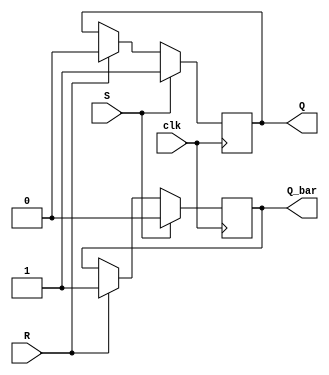
module sr_flip_flop (
    input S, // Set input
    input R, // Reset input
    input clk, // Clock input
    output reg Q, // Output Q
    output reg Q_bar // Output Q_bar
);

always @(posedge clk) begin
    if (S) begin
        Q <= 1;
        Q_bar <= 0;
    end else if (R) begin
        Q <= 0;
        Q_bar <= 1;
    end else begin
        // No change in state
    end
end

endmodule